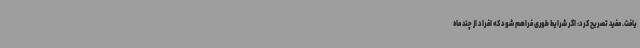
یافت. مفید تصریح کرد: اگر شرایط طوری فراهم شود که افراد از چند ماه